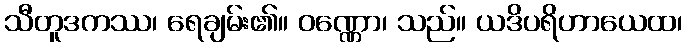
သီတူဒကဿ၊ ရေချမ်း၏။ ဝဏ္ဏော၊ သည်။ ယဒိပရိဟာယေထ၊